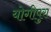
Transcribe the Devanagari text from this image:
योगीपुरा